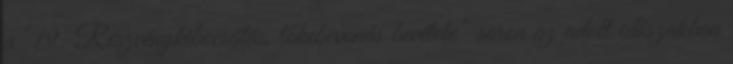
a “19. Részvénykibocsátás, tőkebevonás bevétele” soron az adott időszakban